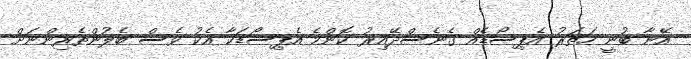
އޭނާ ބުނީ ހަތަރު އެޕިސޯޑެއް ގެނެސްދޭއިރު ކޮންމެ އެޕިސޯޑަކާ އެކު ވެސް ބެލުންތެރިންނަށް